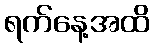
ရက်နေ့အထိ